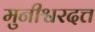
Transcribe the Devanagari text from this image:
मुनीश्वरदत्त